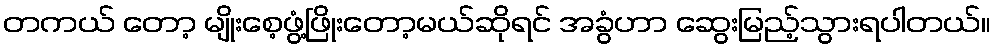
တကယ် တော့ မျိုးစေ့ဖွံ့ဖြိုးတော့မယ်ဆိုရင် အခွံဟာ ဆွေးမြည့်သွားရပါတယ်။